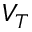
V _ { T }